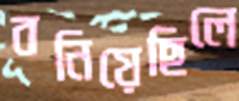
বনিয়েছিলে